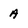
Character: A